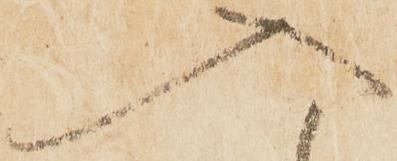
入